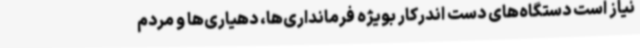
نیاز است دستگاه‌های دست اندرکار بویژه فرمانداری‌ها، دهیاری‌ها و مردم